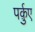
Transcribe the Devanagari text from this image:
पर्क़ुए